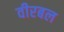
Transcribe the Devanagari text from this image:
वीरबल